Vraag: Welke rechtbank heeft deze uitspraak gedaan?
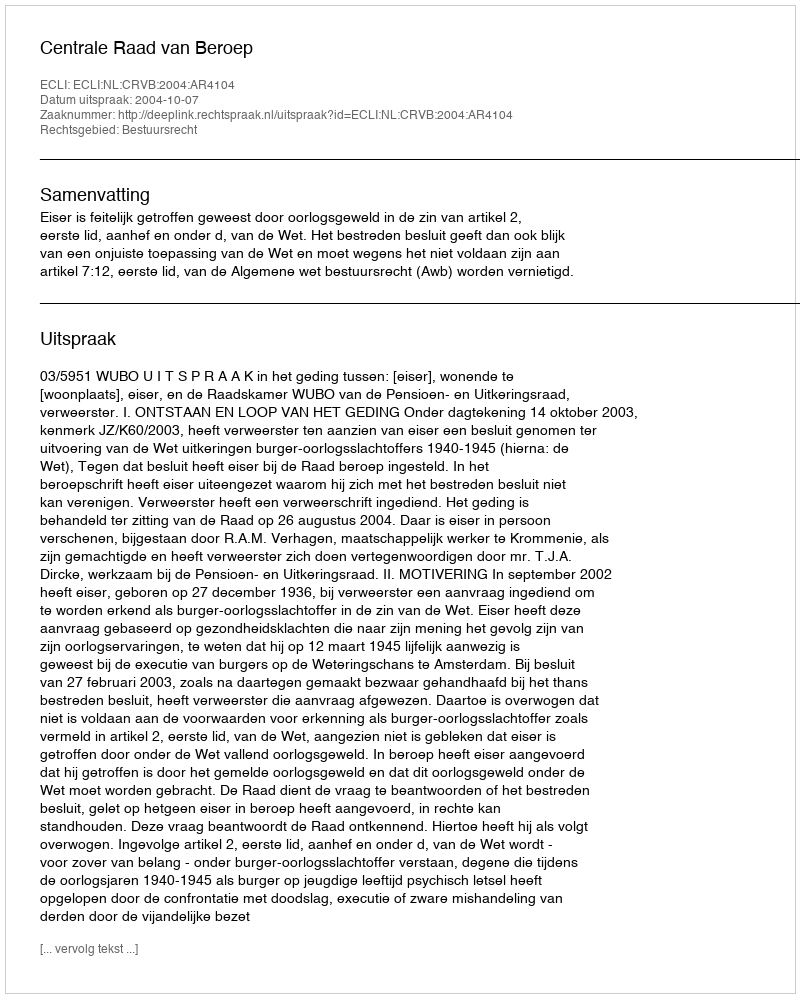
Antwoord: Centrale Raad van Beroep